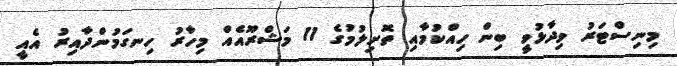
މިނިސްޓަރު ވިދާޅުވީ ބިން ހިއްކުމާއި ތޮށިލުމުގެ 11 މަޝްރޫއެއް މިހާރު ހިނގަމުންދާއިރު އެެއީ